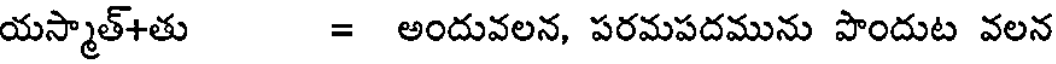
యస్మాత్+తు = అందువలన, పరమపదమును పొందుట వలన